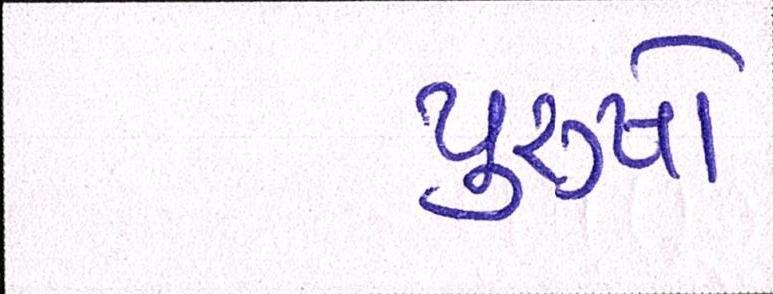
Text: પુરૂષો